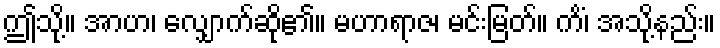
ဤသို့။ အာဟ၊ လျှောက်ဆို၏။ မဟာရာဇ၊ မင်းမြတ်။ ကိံ၊ အသို့နည်း။